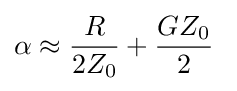
\alpha \approx {\frac {R}{2Z_{0}}}+{\frac {GZ_{0}}{2}}~